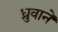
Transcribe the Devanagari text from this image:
ध्रुवाने